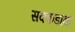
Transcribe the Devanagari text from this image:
सक्कडांक